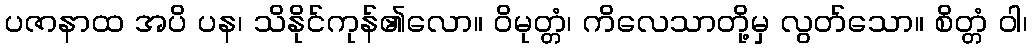
ပဇာနာထ အပိ ပန၊ သိနိုင်ကုန်၏လော။ ဝိမုတ္တံ၊ ကိလေသာတို့မှ လွတ်သော။ စိတ္တံ ဝါ၊